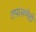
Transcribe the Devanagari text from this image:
तपासणेही